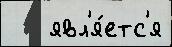
   явл'я́етс'я